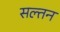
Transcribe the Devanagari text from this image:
सल्तन